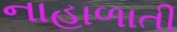
નાહાળાતી